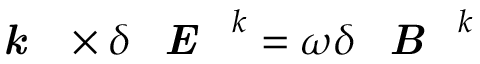
\textbf { \textit { k } } \boldsymbol { \times } \delta \textbf { \textit { E } } ^ { k } = \omega \delta \textbf { \textit { B } } ^ { k }